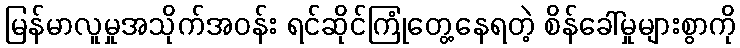
မြန်မာလူမှုအသိုက်အဝန်း ရင်ဆိုင်ကြုံတွေ့နေရတဲ့ စိန်ခေါ်မှုများစွာကို